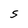
Character: S